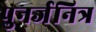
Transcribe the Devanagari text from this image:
पुनर्जनित्र